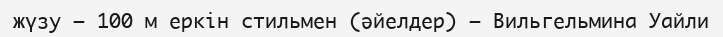
жүзу — 100 м еркін стильмен (әйелдер) — Вильгельмина Уайли